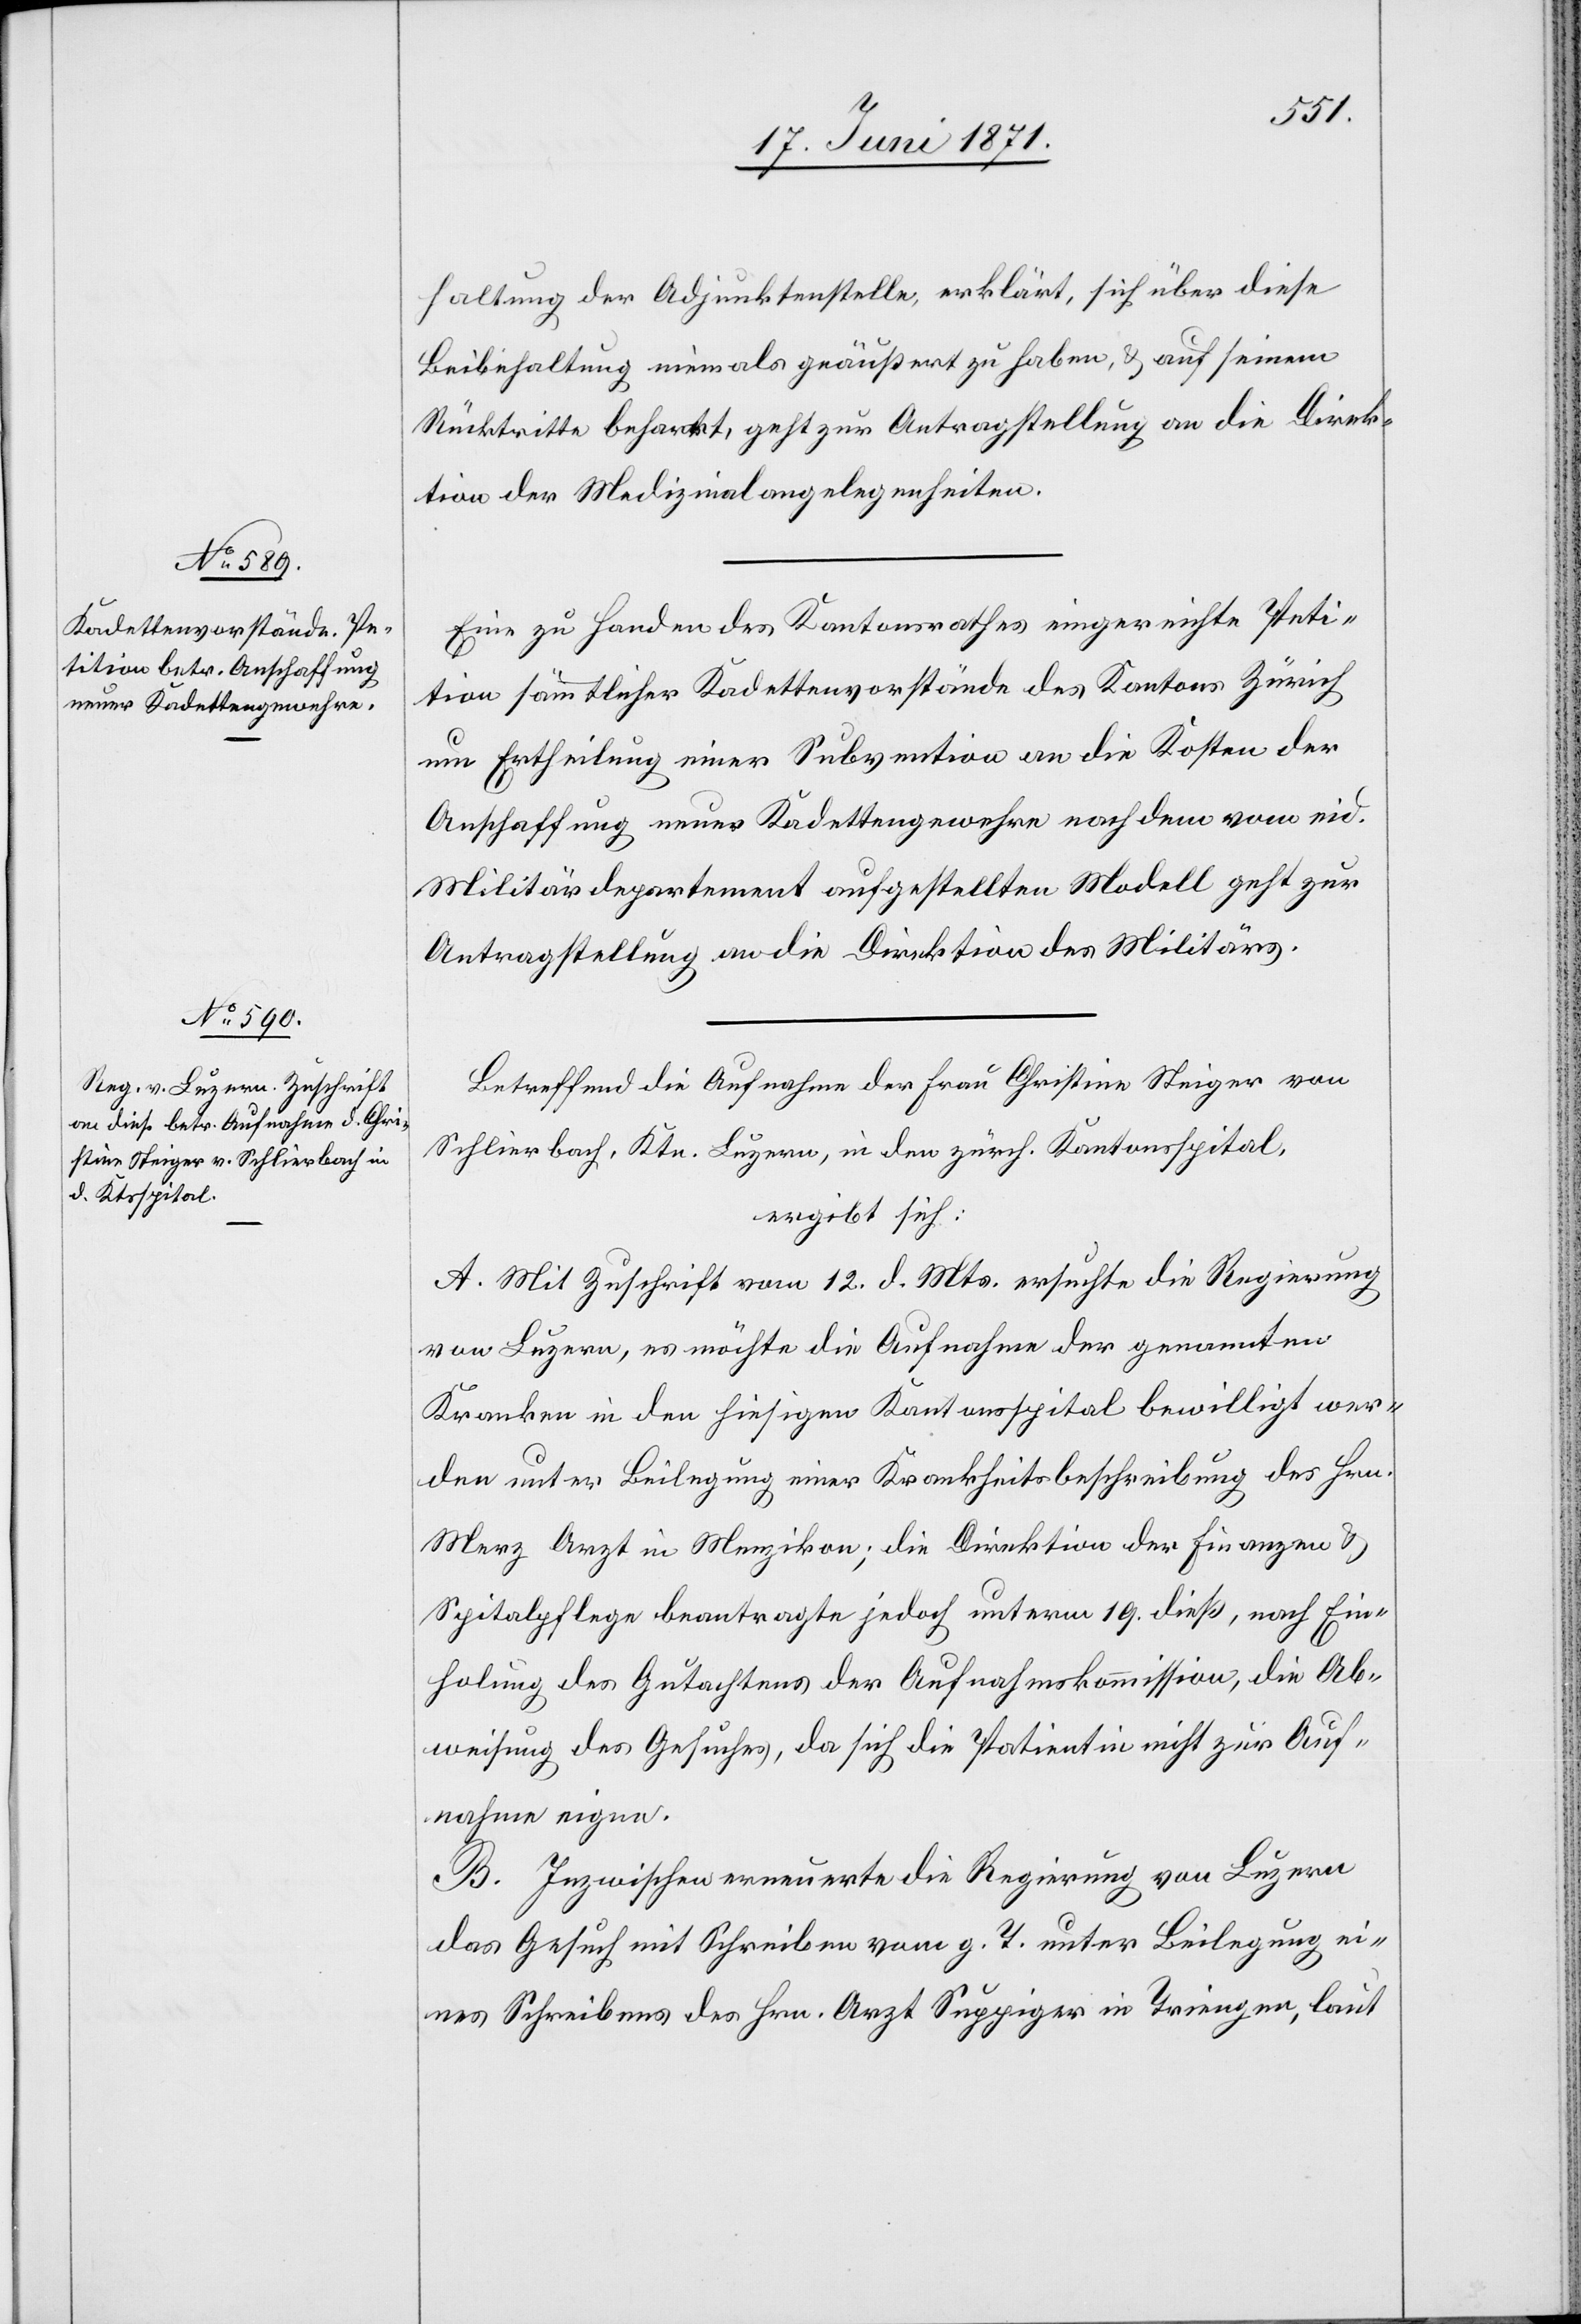
21. Juni 1871.]
haltung der Adjunktenstelle, erklärt, sich über diese
Beibehaltung [sic!] niemals geäußert zu haben, u. auf seinem
Rücktritte beharrt, geht zur Antragstellung an die Direk¬
tion der Medizinalangelegenheiten.
Eine zu Handen des Kantonsrathes eingereichte Peti¬
tion sämmtlicher Kadettenvorstände des Kantons Zürich
um Ertheilung einer Subvention an die Kosten der
Anschaffung neuer Kadettengewehre nach dem vom eid.
Militärdepartement aufgestellten Modell geht zur
Antragstellung an die Direktion des Militärs.
Betreffend die Aufnahme der Frau Christine Steiger von
Schlierbach, Ktn. Luzern, in den zürch. Kantonsspital,
ergibt sich:
A. Mit Zuschrift vom 12. d. Mts. ersuchte die Regierung
von Luzern, es möchte die Aufnahme der genannten
Kranken in den hiesigen Kantonsspital bewilligt wer¬
den unter Beilegung einer Krankheitsbeschreibung des Hrn.
Merz Arzt in Menzikon; die Direktion der Finanzen u.
Spitalpflege beantragte jedoch unterm 19. dieß, nach Ein¬
holung des Gutachtens der Aufnahmskommission, die Ab¬
weisung des Gesuches, da sich die Patientin nicht zur Auf¬
nahme eigne.
B. Inzwischen erneuerte die Regierung von Luzern
das Gesuch mit Scheiben vom g. T. unter Beilegung ei¬
nes Schreibens des Hrn. Arzt Suppiger in Triengen, laut